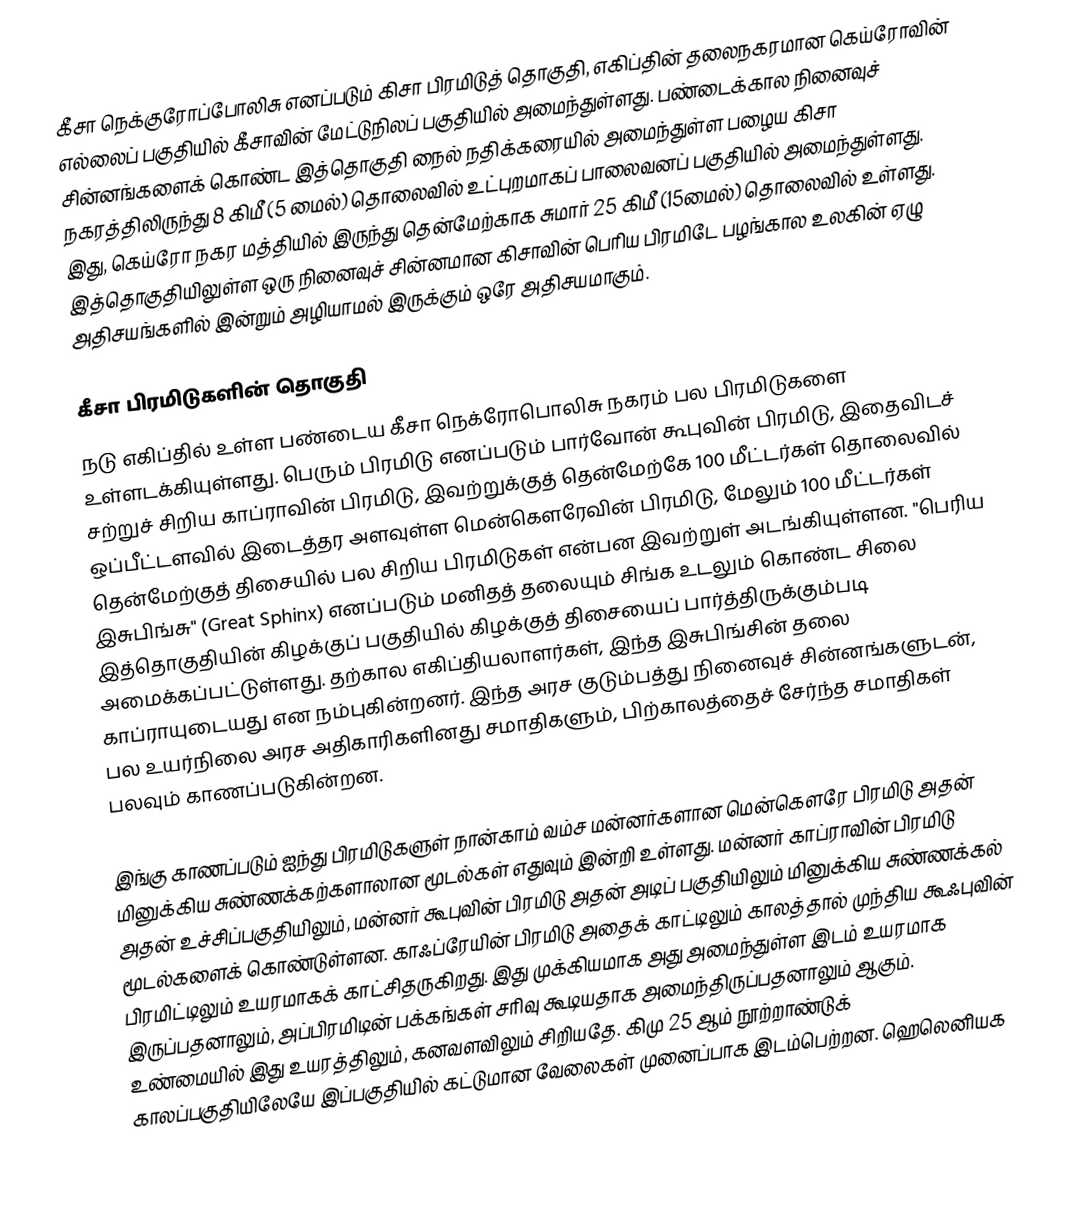
கீசா நெக்குரோப்போலிசு எனப்படும் கிசா பிரமிடுத் தொகுதி, எகிப்தின் தலைநகரமான கெய்ரோவின் எல்லைப் பகுதியில் கீசாவின் மேட்டுநிலப் பகுதியில் அமைந்துள்ளது. பண்டைக்கால நினைவுச் சின்னங்களைக் கொண்ட இத்தொகுதி நைல் நதிக்கரையில் அமைந்துள்ள பழைய கிசா நகரத்திலிருந்து 8 கிமீ (5 மைல்) தொலைவில் உட்புறமாகப் பாலைவனப் பகுதியில் அமைந்துள்ளது. இது, கெய்ரோ நகர மத்தியில் இருந்து தென்மேற்காக சுமார் 25 கிமீ (15மைல்) தொலைவில் உள்ளது. இத்தொகுதியிலுள்ள ஒரு நினைவுச் சின்னமான கிசாவின் பெரிய பிரமிடே பழங்கால உலகின் ஏழு அதிசயங்களில் இன்றும் அழியாமல் இருக்கும் ஒரே அதிசயமாகும்.

கீசா பிரமிடுகளின் தொகுதி
நடு எகிப்தில் உள்ள பண்டைய கீசா நெக்ரோபொலிசு நகரம் பல பிரமிடுகளை உள்ளடக்கியுள்ளது. பெரும் பிரமிடு எனப்படும் பார்வோன் கூபுவின் பிரமிடு, இதைவிடச் சற்றுச் சிறிய காப்ராவின்  பிரமிடு, இவற்றுக்குத் தென்மேற்கே 100 மீட்டர்கள் தொலைவில் ஒப்பீட்டளவில் இடைத்தர அளவுள்ள மென்கௌரேவின்  பிரமிடு, மேலும் 100 மீட்டர்கள் தென்மேற்குத் திசையில் பல சிறிய பிரமிடுகள் என்பன இவற்றுள் அடங்கியுள்ளன. "பெரிய இசுபிங்சு" (Great Sphinx) எனப்படும் மனிதத் தலையும் சிங்க உடலும் கொண்ட சிலை இத்தொகுதியின் கிழக்குப் பகுதியில் கிழக்குத் திசையைப் பார்த்திருக்கும்படி அமைக்கப்பட்டுள்ளது. தற்கால எகிப்தியலாளர்கள், இந்த இசுபிங்சின் தலை காப்ராயுடையது என நம்புகின்றனர். இந்த அரச குடும்பத்து நினைவுச் சின்னங்களுடன், பல உயர்நிலை அரச அதிகாரிகளினது சமாதிகளும், பிற்காலத்தைச் சேர்ந்த சமாதிகள் பலவும் காணப்படுகின்றன.

இங்கு காணப்படும் ஐந்து பிரமிடுகளுள் நான்காம் வம்ச மன்னர்களான மென்கௌரே பிரமிடு அதன் மினுக்கிய சுண்ணக்கற்களாலான மூடல்கள் எதுவும் இன்றி உள்ளது. மன்னர் காப்ராவின் பிரமிடு அதன் உச்சிப்பகுதியிலும், மன்னர் கூபுவின் பிரமிடு அதன் அடிப் பகுதியிலும் மினுக்கிய சுண்ணக்கல் மூடல்களைக் கொண்டுள்ளன. காஃப்ரேயின் பிரமிடு அதைக் காட்டிலும் காலத்தால் முந்திய கூஃபுவின் பிரமிட்டிலும் உயரமாகக் காட்சிதருகிறது. இது முக்கியமாக அது அமைந்துள்ள இடம் உயரமாக இருப்பதனாலும், அப்பிரமிடின் பக்கங்கள் சரிவு கூடியதாக அமைந்திருப்பதனாலும் ஆகும். உண்மையில் இது உயரத்திலும், கனவளவிலும் சிறியதே. கிமு 25 ஆம் நூற்றாண்டுக் காலப்பகுதியிலேயே இப்பகுதியில் கட்டுமான வேலைகள் முனைப்பாக இடம்பெற்றன. ஹெலெனியக